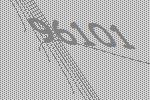
96101